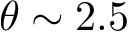
\theta \sim 2 . 5